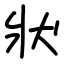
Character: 狀